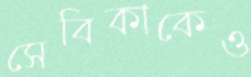
সেবিকাকেও